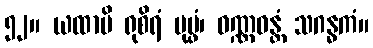
၅၂။ ယထာပိ ရုစိရံ ပုပ္ဖံ၊ ဝဏ္ဏဝန္တံ သဂန္ဓကံ။